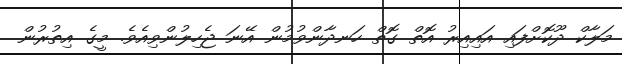
މަލާކް ދޫކޮށްފައި އައިއިރު އޮތް ގޮތް ހަނދާންވުމުން އޭނަ ޖެހިލުންވިއެވެ. މީގެ އިތުރުން